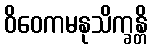
ဝိဝေကမနုသိက္ခန္တိ